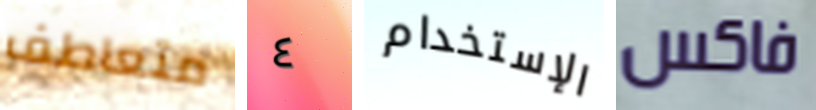
متعاطف ٤ الإستخدام فاكس